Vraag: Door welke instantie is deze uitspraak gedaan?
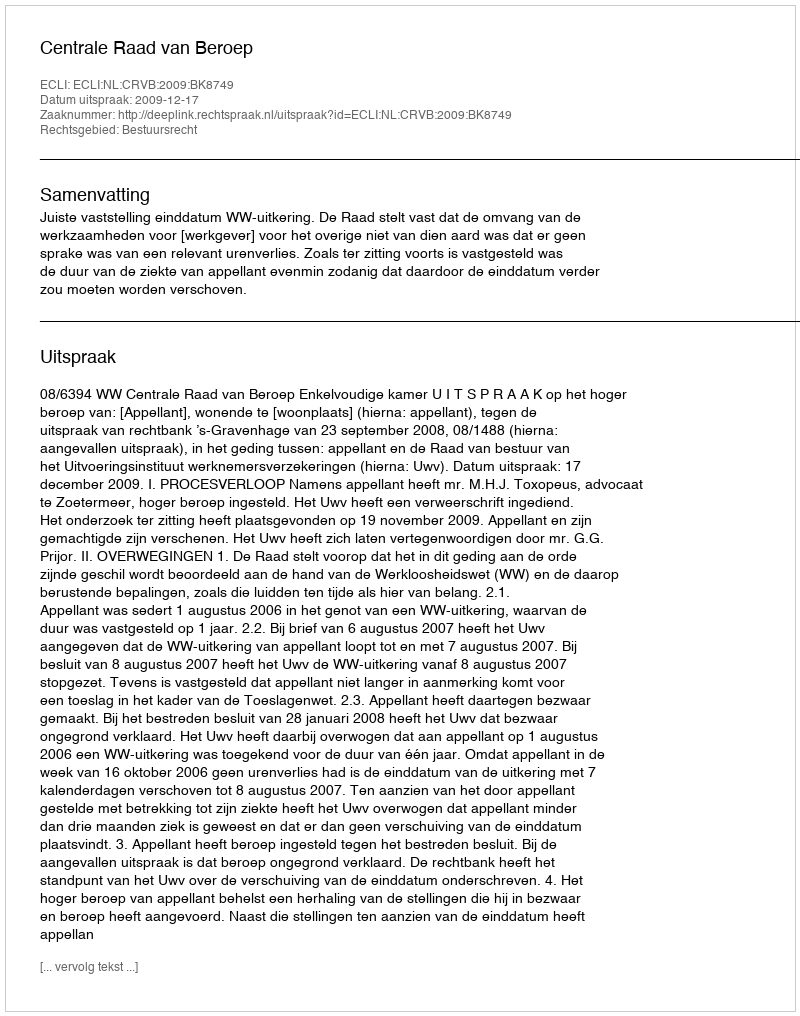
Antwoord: Centrale Raad van Beroep